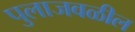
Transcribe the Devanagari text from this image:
पुलाजवळील